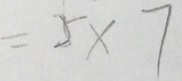
= 5 \times 7